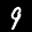
Label: 9